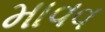
માવવ